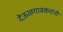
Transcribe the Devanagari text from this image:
देऊळगावकरांनी